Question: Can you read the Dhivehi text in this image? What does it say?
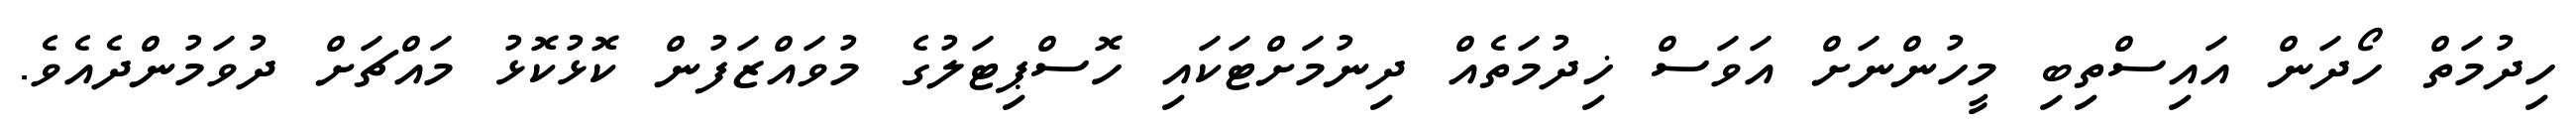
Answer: ހިދުމަތް ހޯދަން އައިސްތިބި މީހުންނަށް އަވަސް ޚިދުމަތެއް ދިނުމަށްޓަކައި ހޮސްޕިޓަލުގެ މުވައްޒަފުން ކޮޅުކޮޅު މައްޗަށް ދުވަމުންދެއެވެ.